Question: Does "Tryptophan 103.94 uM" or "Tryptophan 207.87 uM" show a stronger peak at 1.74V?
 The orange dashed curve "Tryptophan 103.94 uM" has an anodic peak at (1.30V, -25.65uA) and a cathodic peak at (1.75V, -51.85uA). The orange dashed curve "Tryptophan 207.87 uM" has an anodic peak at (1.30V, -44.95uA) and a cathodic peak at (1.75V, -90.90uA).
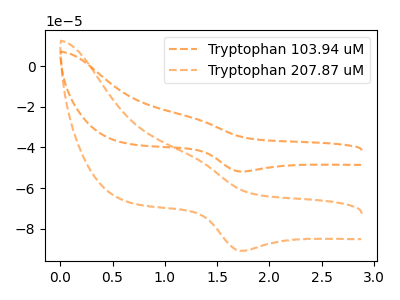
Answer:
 <answer>The peak at 1.74V is lower in "Tryptophan 103.94 uM" than in "Tryptophan 207.87 uM".</answer>
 <eval>lower</eval>